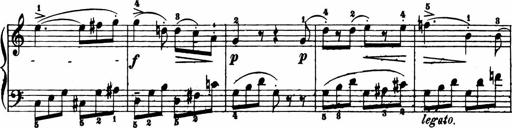
Title: 11 Sonatinas for Piano Solo
Composer: Anton Diabelli